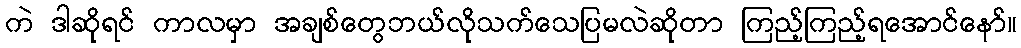
ကဲ ဒါဆိုရင် ကာလမှာ အချစ်တွေဘယ်လိုသက်သေပြမလဲဆိုတာ ကြည့်ကြည့်ရအောင်နော်။